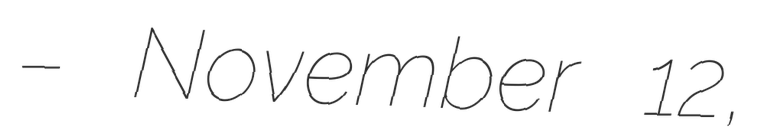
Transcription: – November 12,